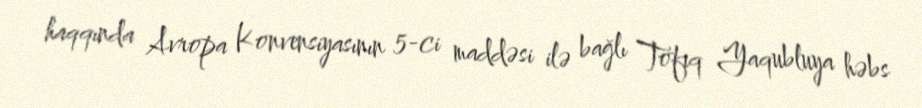
haqqında Avropa Konvensiyasının 5-ci maddəsi ilə bağlı Tofiq Yaqubluya həbs